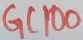
Text: GC100